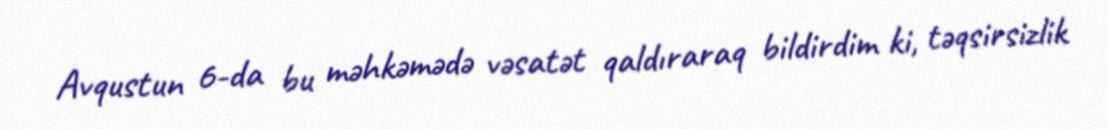
Avqustun 6-da bu məhkəmədə vəsatət qaldıraraq bildirdim ki, təqsirsizlik